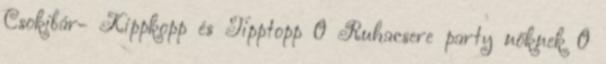
Csokibár- Kippkopp és Tipptopp 0 Ruhacsere party nőknek 0